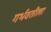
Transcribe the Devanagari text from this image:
गर्भवतीला